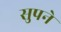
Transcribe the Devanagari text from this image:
सुपने